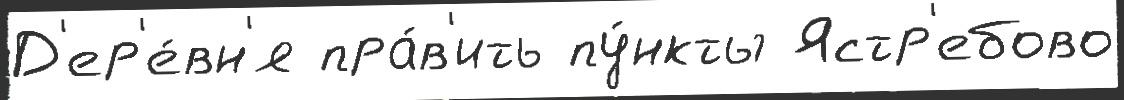
Д'ер'е́вн'я пра́в'ить пу́нкты Ястр'ебово